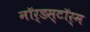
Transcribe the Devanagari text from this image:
नॉर्डस्टॉर्म